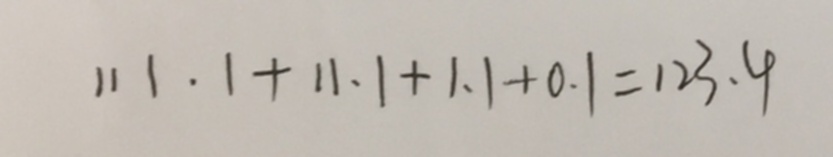
1 1 1 . 1 + 1 1 . 1 + 1 . 1 + 0 . 1 = 1 2 3 . 4